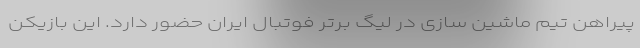
پیراهن تیم ماشین سازی در لیگ برتر فوتبال ایران حضور دارد. این بازیکن